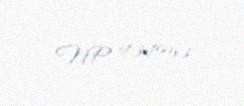
NP 434953